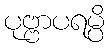
ပုဗ္ဗာပရမ္ပိ